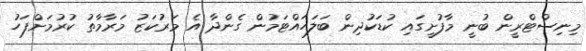
މިނިސްޓްރީން ބުނީ މާފުށީގައި ކުޑަކުދިން ބަލަހައްޓަމުން ގެންދާ އެ މަރުކަޒު މަރާމާތު ކުރުމަށްފަހު